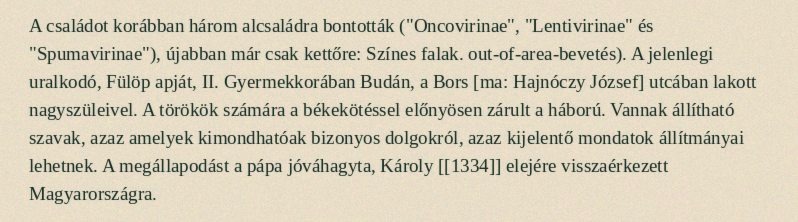
A családot korábban három alcsaládra bontották ("Oncovirinae", "Lentivirinae" és "Spumavirinae"), újabban már csak kettőre: Színes falak. out-of-area-bevetés). A jelenlegi uralkodó, Fülöp apját, II. Gyermekkorában Budán, a Bors [ma: Hajnóczy József] utcában lakott nagyszüleivel. A törökök számára a békekötéssel előnyösen zárult a háború. Vannak állítható szavak, azaz amelyek kimondhatóak bizonyos dolgokról, azaz kijelentő mondatok állítmányai lehetnek. A megállapodást a pápa jóváhagyta, Károly [[1334]] elejére visszaérkezett Magyarországra.